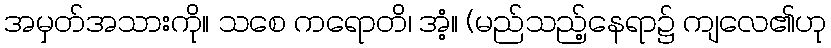
အမှတ်အသားကို။ သစေ ကရောတိ၊ အံ့။ (မည်သည့်နေရာ၌ ကျလေ၏ဟု